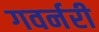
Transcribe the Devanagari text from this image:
गवर्नरी